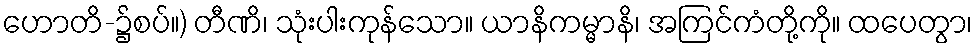
ဟောတိ-၌စပ်။) တီဏိ၊ သုံးပါးကုန်သော။ ယာနိကမ္မာနိ၊ အကြင်ကံတို့ကို။ ထပေတွာ၊